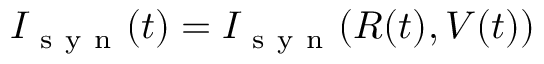
I _ { \mathrm { ~ s ~ y ~ n ~ } } ( t ) = I _ { \mathrm { ~ s ~ y ~ n ~ } } ( R ( t ) , V ( t ) )